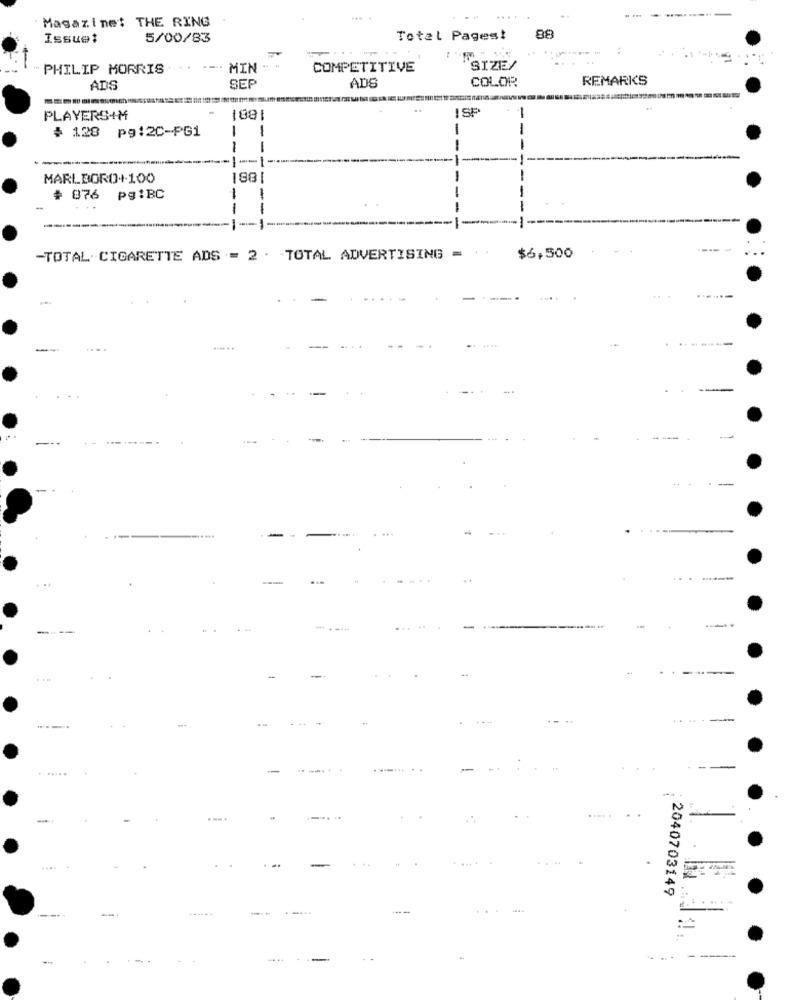
Magazinet THE RING
Issue:
5/00/83
Total Pages!
98
PHILIP MORRIS
MIN
COMPETITIVE
SIZE/
ADS
COLOR
REMARKS
ADS
SEP
ISP
PLAYERS+M
188
$ 128 pg:2C-PG1
-
-
-
- I-
-
MARLBORO+100
188
+ 876 pg:BC
-TOTAL CIGARETTE ADS = 2 . TOTAL ADVERTISING =
$6,500
.. ...
-
-
......
....
-
. .
-
..
.-..
. ..
2040703149
......